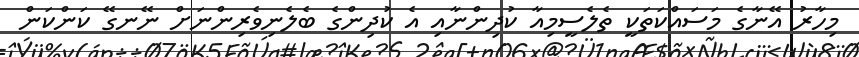
މިހާރު އޭނާގެ މަސައްކަތަކީ ތެލެސީމިއާ ކުދިންނާއި އެ ކުދިންގެ ބެލެނިވެރިންނަށް ނޭނގޭ ކަންކަން